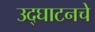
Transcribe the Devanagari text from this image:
उद्घाटनचे